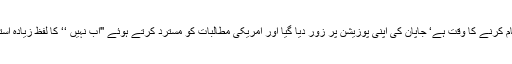
یہ ملک کا قیام کرنے کا وقت ہے‘ جاپان کی اپنی پوزیشن پر زور دیا گیا اور امریکی مطالبات کو مسترد کرتے ہوئے ''اب نہیں ‘‘ کا لفظ زیادہ استعمال کیا گیا۔